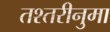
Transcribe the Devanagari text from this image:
तश्तरीनुमा